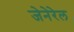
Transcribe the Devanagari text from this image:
जेनेरेल